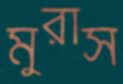
মুরাস